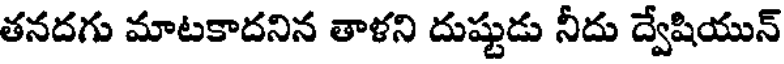
తనదగు మాటకాదనిన తాళని దుష్టుడు నీదు ద్వేషియున్